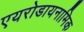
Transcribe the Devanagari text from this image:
एयरोडायनामिक